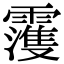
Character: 𩆀